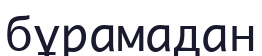
бұрамадан